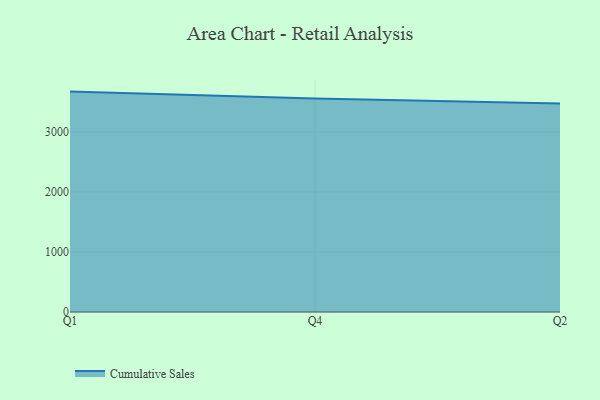
{"axis": {"x": "Quarter", "y": "Market Share (%)"}, "legend": ["Cumulative Sales"], "data": [{"x": "Q1", "y": 3673.4, "type": "Cumulative Sales"}, {"x": "Q4", "y": 3556.7, "type": "Cumulative Sales"}, {"x": "Q2", "y": 3473.1, "type": "Cumulative Sales"}]}